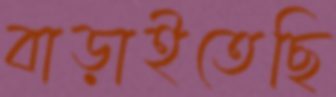
বাড়াইতেছি